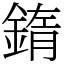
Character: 䤻